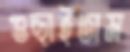
গুছাইতাম